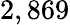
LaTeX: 2,869